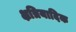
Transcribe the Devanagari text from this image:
क्षत्रियादिक